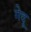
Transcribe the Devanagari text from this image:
गेदू